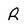
Character: R